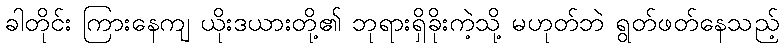
ခါတိုင်း ကြားနေကျ ယိုးဒယားတို့၏ ဘုရားရှိခိုးကဲ့သို့ မဟုတ်ဘဲ ရွတ်ဖတ်နေသည့်